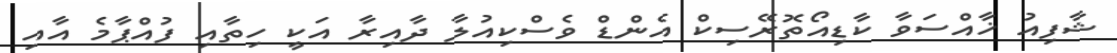
ޝާފިއު ޚާއްސަވާ ކާޑިއޯތޮރޭސިކް އެންޑް ވެސްކިއުލާ ދާއިރާ އަކީ ހިތާއި ފުއްޕާމެ އާއި